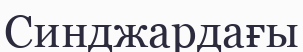
Синджардағы